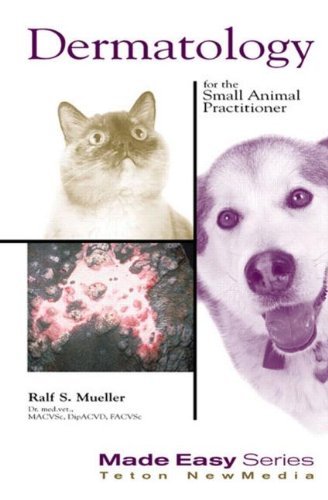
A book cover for Dermatology for the Small Animal Practitioner (Made Easy Series); Ralf S. Mueller; Medical Books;